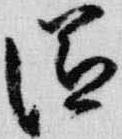
滋